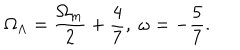
LaTeX: \Omega _ { \Lambda } = \frac { \Omega _ { m } } { 2 } + \frac { 4 } { 7 } , \ \omega = - \frac { 5 } { 7 } .